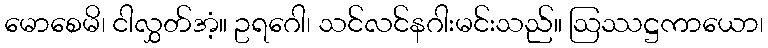
မောစေမိ၊ ငါလွှတ်အံ့။ ဥရဂေါ၊ သင်လင်နဂါးမင်းသည်။ ဩဿဋ္ဌကာယော၊